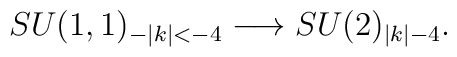
SU(1,1)_{-|k|<-4}\longrightarrow SU(2)_{|k|-4}.